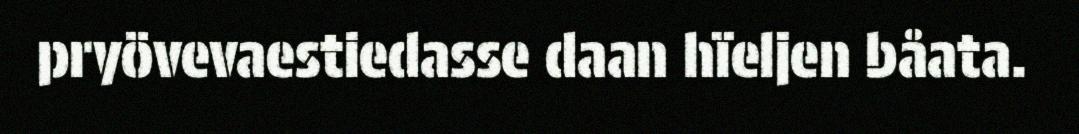
pryövevaestiedasse daan hïeljen båata.